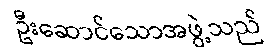
ဦးဆောင်သောအဖွဲ့သည်